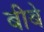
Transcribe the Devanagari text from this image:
बीबे